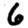
Digit: 6